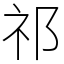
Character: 祁